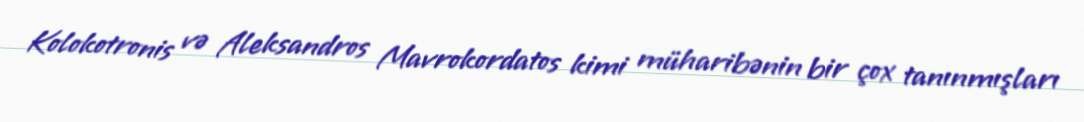
Kolokotronis və Aleksandros Mavrokordatos kimi müharibənin bir çox tanınmışları